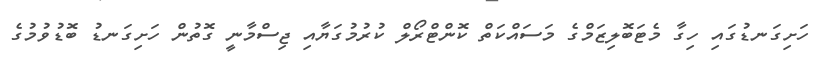
ހަށިގަނޑުގައި ހިގާ މެޓަބޮލިޒަމްގެ މަސައްކަތް ކޮންޓްރޯލް ކުރުމުގަޔާއި ޖިސްމާނީ ގޮތުން ހަށިގަނޑު ބޮޑުވުމުގެ